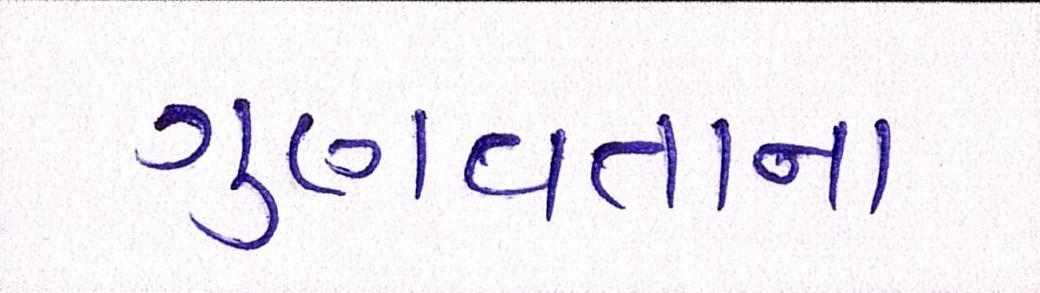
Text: ગુણવત્તાના